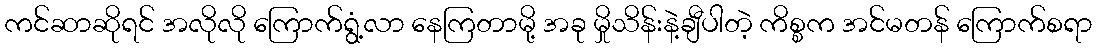
ကင်ဆာဆိုရင် အလိုလို ကြောက်ရွံ့လာ နေကြတာမို့ အခု မှိုသိန်းနဲ့ချီပါတဲ့ ကိစ္စက အင်မတန် ကြောက်စရာ